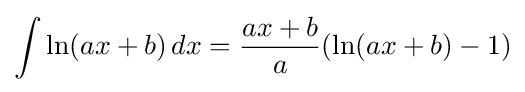
\int \ln(ax+b)\,dx={\frac {ax+b}{a}}(\ln(ax+b)-1)